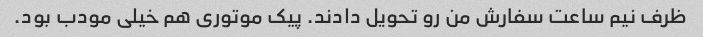
ظرف نیم ساعت سفارش من رو تحویل دادند. پیک موتوری هم خیلی مودب بود.